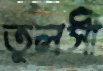
তুলসী